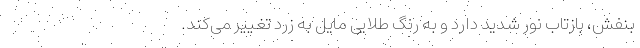
بنفش، بازتاب نور شدید دارد و به رنگ طلایی مایل به زرد تغییر می‌کند.